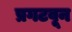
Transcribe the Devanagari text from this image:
प्रगटवून